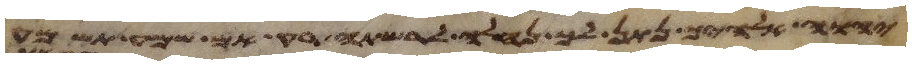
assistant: יהוה אלהיך נתן לך נחלה לרשתה רק אם שמע תשמע